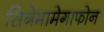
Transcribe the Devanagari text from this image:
सिनेमामेगाफोन